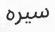
سيره